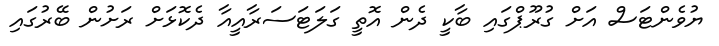
ޔުވެންޓަސް އަށް ގުރޫޕްގައި ބާކީ ދެން އޮތީ ގަލަޓަސަރާއީއާ ދެކޮޅަށް ރަށުން ބޭރުގައި